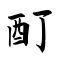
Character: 酊